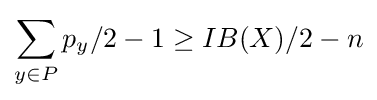
\sum _{y\in P}p_{y}/2-1\geq IB(X)/2-n